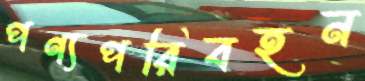
পণ্যপরিবহন